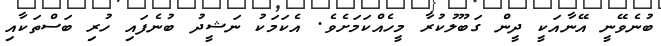
ބުނެވޭނީ އޭނާއަކީ ދީން ގަބޫލުކުރާ މީހެއްކަމަށެވެ. އެކަމަކު ނަޝީދު ބުނެފައި ހުރި ބަސްތަކާއި